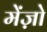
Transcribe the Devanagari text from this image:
मेंज़ो